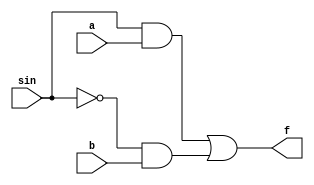
`timescale 1ns / 1ps
//////////////////////////////////////////////////////////////////////////////////
// Company: 
// Engineer: 
// 
// Design Name: 
// Module Name:    df 
// Project Name: 
// Target Devices: 
// Tool versions: 
// Description: 
//
// Dependencies: 
//
// Revision: 
// Revision 0.01 - File Created
// Additional Comments: 
//
//////////////////////////////////////////////////////////////////////////////////
module df(
    input a,
    input b,
    input sin,
    output f
    );
	 assign f = (sin&a | (~sin&b));

endmodule